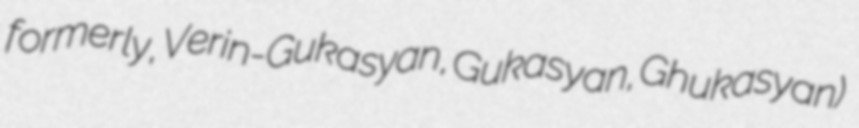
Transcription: formerly, Verin-Gukasyan, Gukasyan, Ghukasyan)